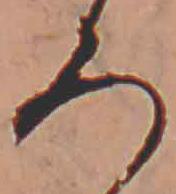
ろ